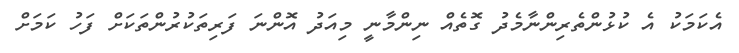
އެކަމަކު އެ ކުޅުންތެރިންނާމެދު ގޮތެއް ނިންމާނީ މިއަދު އޮންނަ ފަރިތަކުރުންތަކަށް ފަހު ކަމަށް